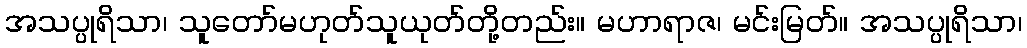
အသပ္ပုရိသာ၊ သူတော်မဟုတ်သူယုတ်တို့တည်း။ မဟာရာဇ၊ မင်းမြတ်။ အသပ္ပုရိသာ၊